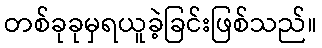
တစ်ခုခုမှရယူခဲ့ခြင်းဖြစ်သည်။